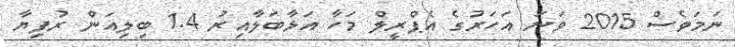
ނަމަވެސް 2015 ވަނަ އަހަރުގެ އެޕްރީލް މަހާ އަޅާބަލާއިރު 1.4 ބިލިއަން ރުފިޔާ